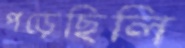
পড়েছিলি